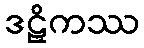
ဒဠှိကဿ